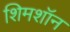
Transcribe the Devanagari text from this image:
शिमशॉन